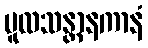
မူလသန္တာနကာနံ